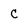
Character: C